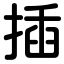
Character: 插